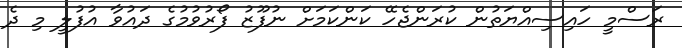
ރަސްމީ ހައިސިއްޔަތުން ކުރަންޖެހޭ ކަންކަމަށް ނުފޫޒު ފޯރުވުމުގެ ދައުވާ އުފުލީ މި ދެ